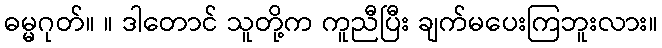
ဓမ္မဂုတ်။ ။ ဒါတောင် သူတို့က ကူညီပြီး ချက်မပေးကြဘူးလား။